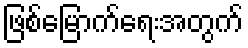
ဖြစ်မြောက်ရေးအတွက်